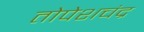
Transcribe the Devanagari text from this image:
तोपेशचंद्र